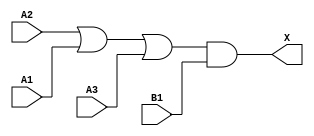
module sky130_fd_sc_hd__o31a_5 (
    X ,
    A1,
    A2,
    A3,
    B1
);
    output X ;
    input  A1;
    input  A2;
    input  A3;
    input  B1;
    wire or0_out   ;
    wire and0_out_X;
    or  or0  (or0_out   , A2, A1, A3     );
    and and0 (and0_out_X, or0_out, B1    );
    buf buf0 (X         , and0_out_X     );
endmodule